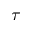
\tau